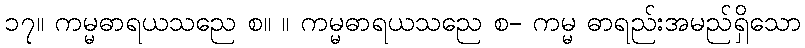
၁၇။ ကမ္မဓာရယသညေ စ။ ။ ကမ္မဓာရယသညေ စ- ကမ္မ ဓာရည်းအမည်ရှိသော